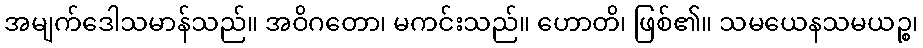
အမျက်ဒေါသမာန်သည်။ အဝိဂတော၊ မကင်းသည်။ ဟောတိ၊ ဖြစ်၏။ သမယေနသမယဉ္စ၊